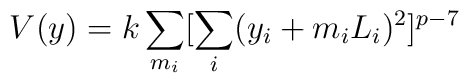
V(y) = k \sum_{m_i} [\sum_i (y_i + m_i L_i)^2]^{p-7}